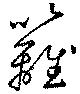
籬